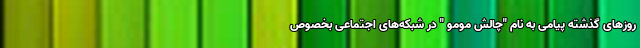
روزهای گذشته پیامی به نام "چالش مومو " در شبکه‌های اجتماعی بخصوص